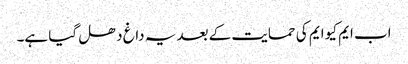
اب ایم کیو ایم کی حمایت کے بعد یہ داغ دھل گیا ہے۔